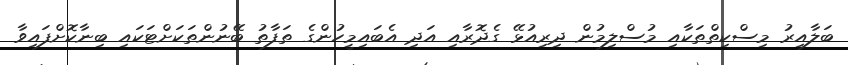
ބަލާއިރު މިސްކިތްތަކާއި މުސްލިމުން ދިރިއުޅޭ ގެދޮރާއި އަދި އެބައިމީހުންގެ ތަފާތު ބޭނުންތަކަށްޓަކައި ބިނާކޮށްފައިވާ